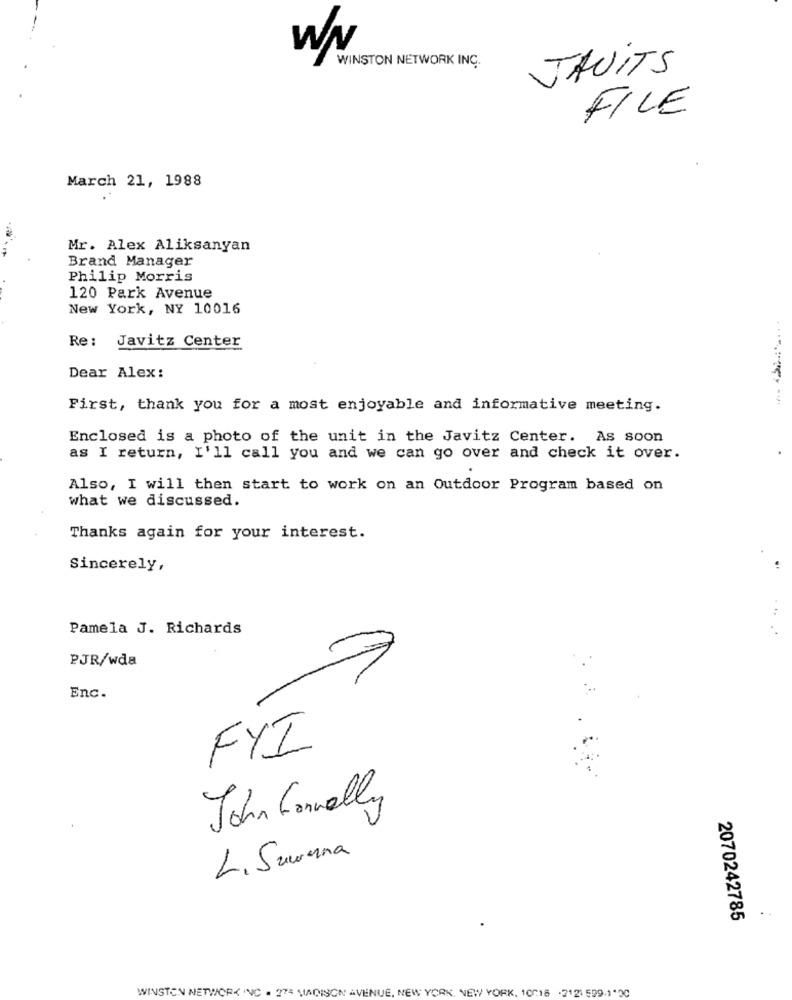
WN
WINSTON NETWORK INC.
JAUITS
FILE
March 21, 1988
Mr. Alex Aliksanyan
Brand Manager
Philip Morris
120 Park Avenue
New York, NY 10016
Re: Javitz Center
Dear Alex:
First, thank you for a most enjoyable and informative meeting.
Enclosed is a photo of the unit in the Javitz Center. As soon
as I return, I'll call you and we can go over and check it over.
Also, I will then start to work on an Outdoor Program based on
what we discussed.
Thanks again for your interest.
Sincerely,
Pamela J. Richards
PJR/wda
Enc.
FYI
John Formally
L. Suwana
2070242785
WINSTON NETWORK INC . 275 MADISON AVENUE, NEW YORK, NEW YORK, 10018 .212 509-1 00